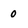
Character: 0